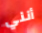
أنني